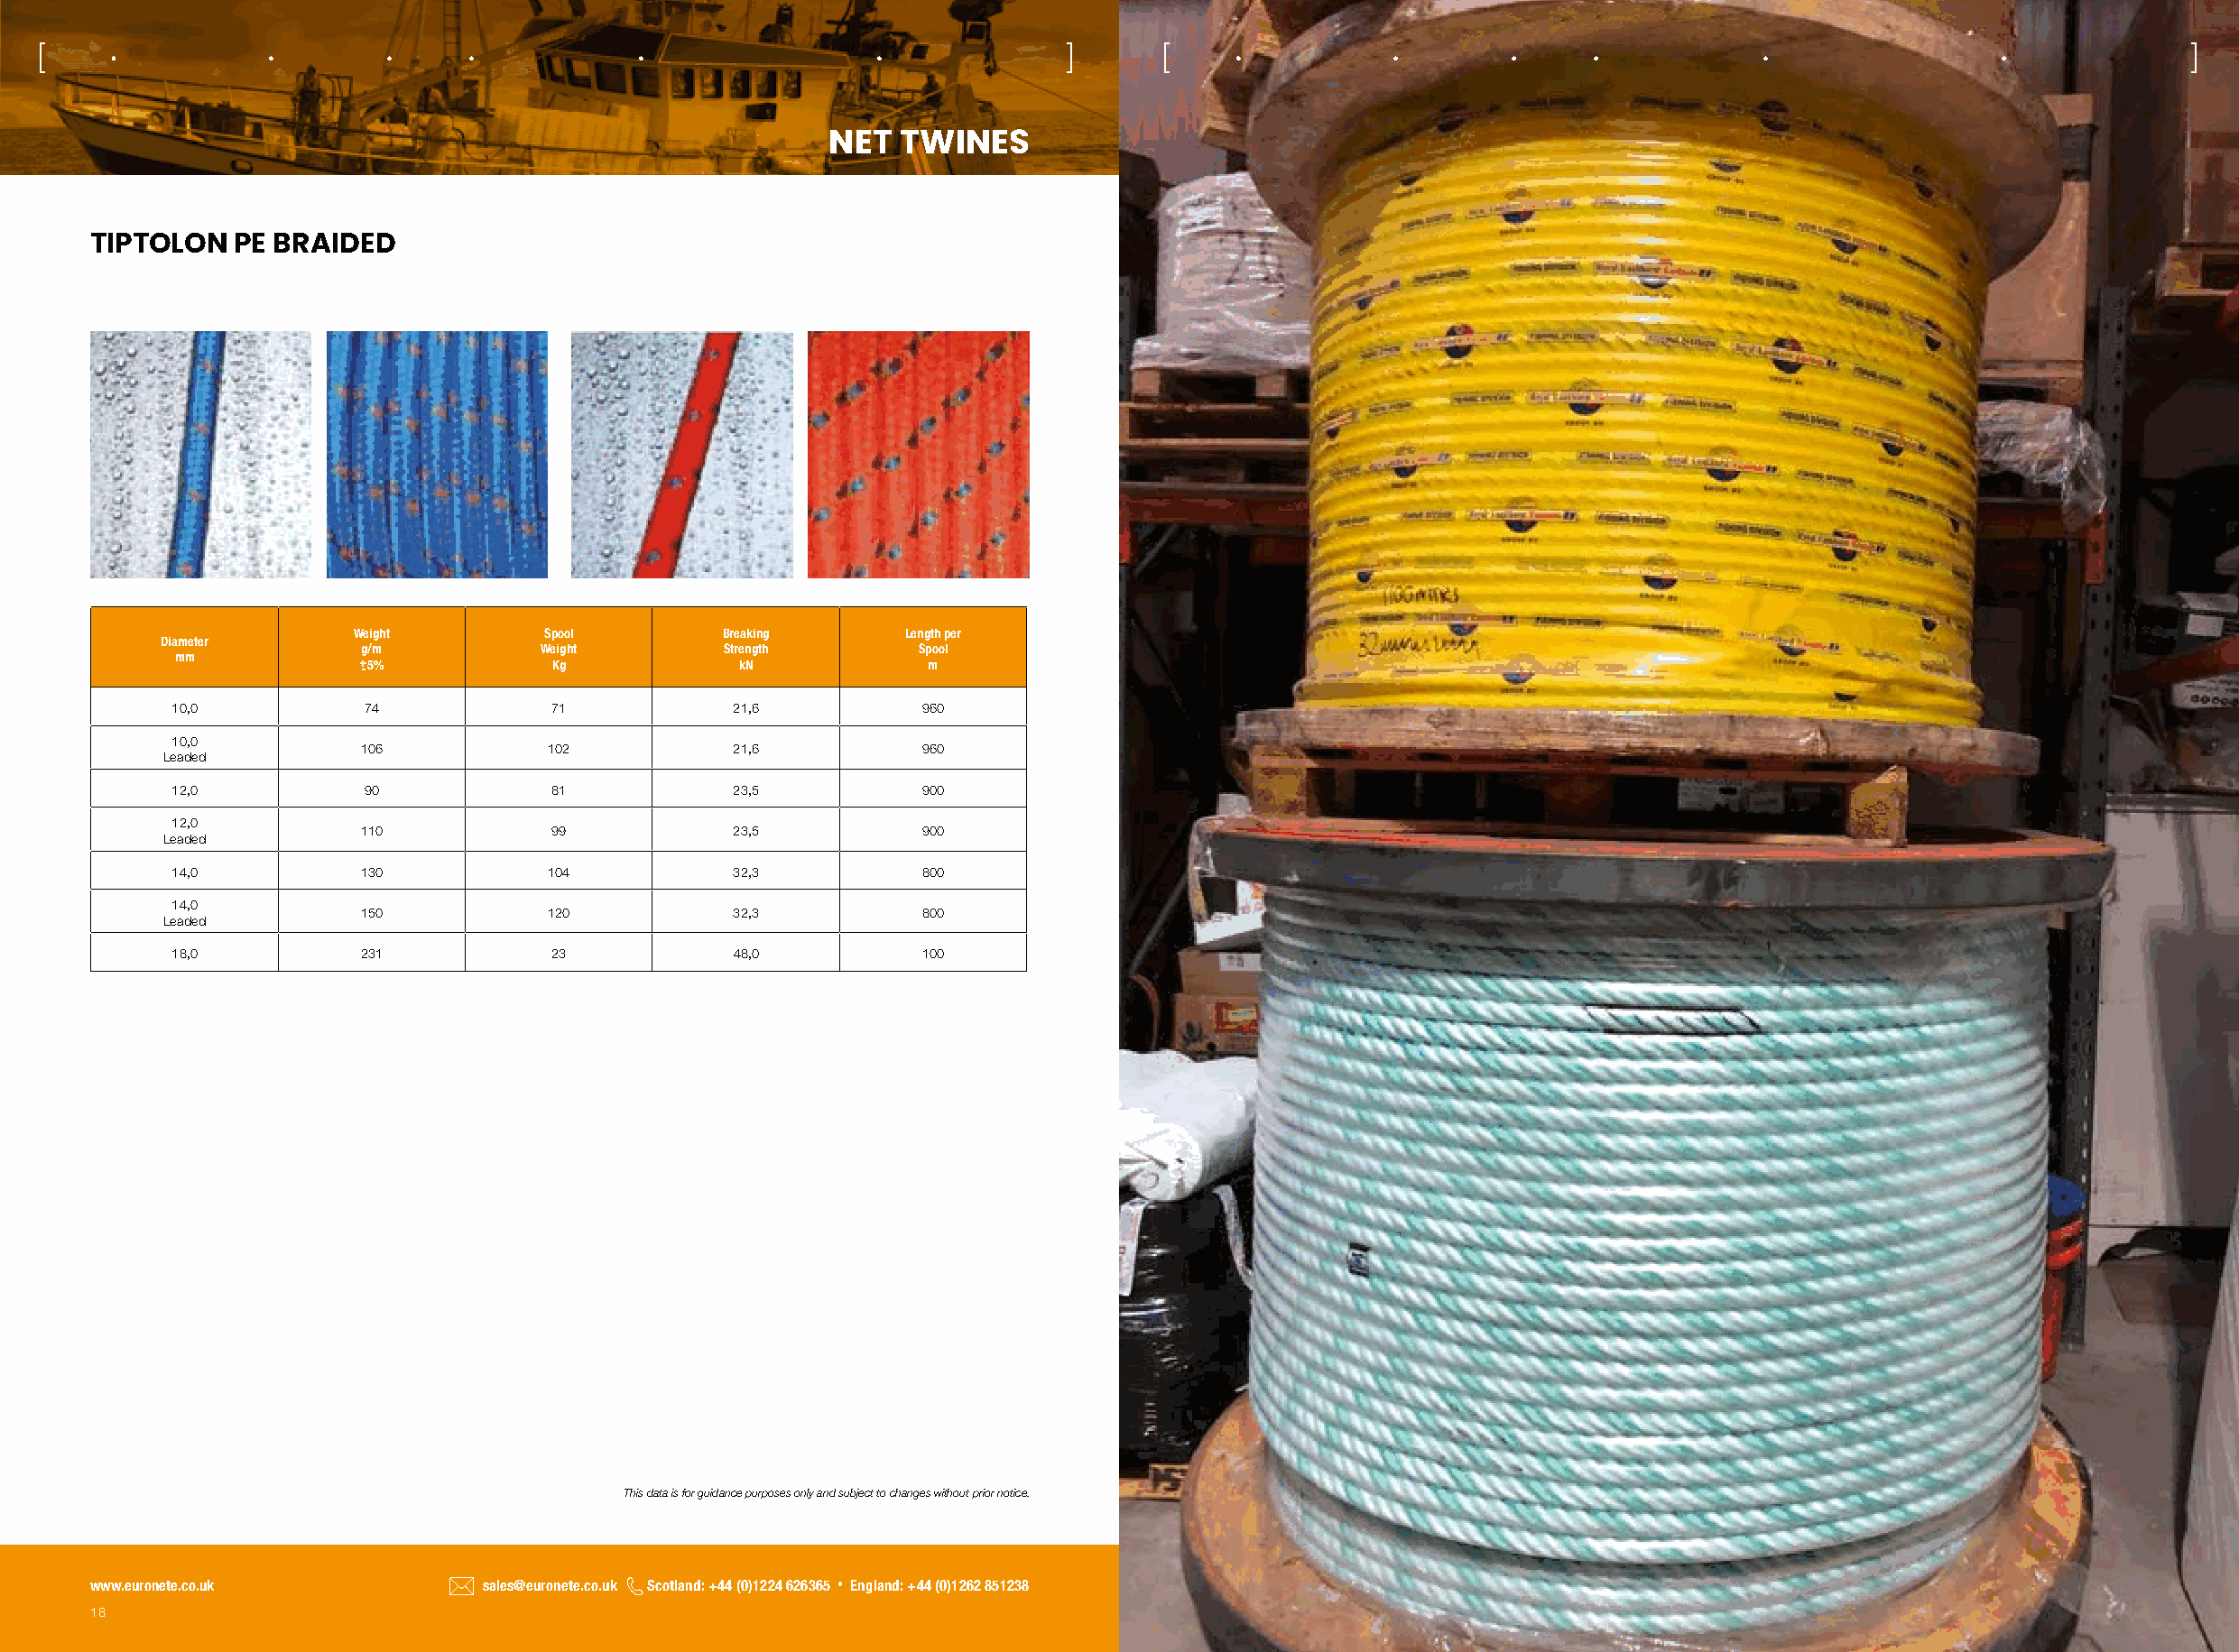
[                                                                          ]      [                                                                           ]
 NET  TWINES
 TIPTOLON  PE BRAIDED
 Weight        Spool        Breaking     Length per
 Diameter
 g/m           Weight       Strength      Spool
 mm           + -5%         Kg            kN            m
 10,0          74           71            21,6          960
 10,0
 106           102           21,6          960
 Leaded
 12,0          90           81            23,5          900
 12,0
 110           99            23,5          900
 Leaded
 14,0         130           104           32,3          800
 14,0
 150           120           32,3          800
 Leaded
 18,0         231           23            48,0          100
 This data is for guidance purposes only and subject to changes without prior notice.
 www.euronete.co.uk          sales@euronete.co.uk Scotland: +44 (0)1224 626365 • England: +44 (0)1262 851238
 18